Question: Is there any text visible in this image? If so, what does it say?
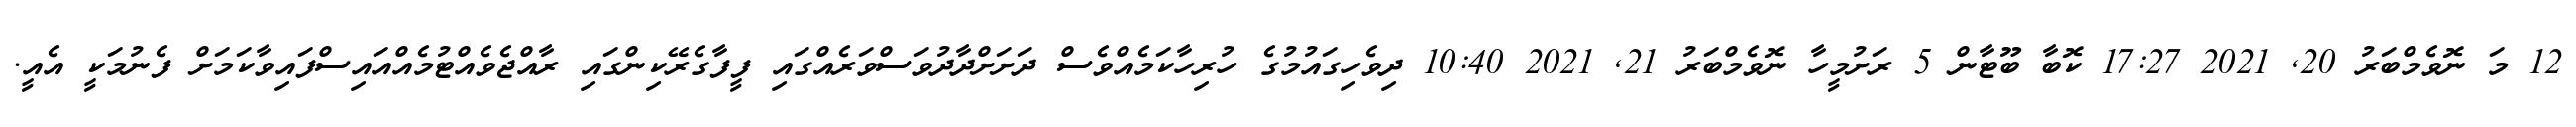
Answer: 12 މަ ނޮވެމްބަރު 20, 2021 17:27 ކޮބާ ބޫޓާން 5 ރަށުމީހާ ނޮވެމްބަރު 21, 2021 10:40 ދިވެހިގައުމުގެ ހުރިހާކަމެއްވެސް ދަށަށްދާދުވަސްވަރެއްގައި ފީފާގެރޭކިންގައި ރާއްޖެވެއްޓުމެއްއައިސްފައިވާކަމަށް ފެނުމަކީ އެއީ.